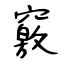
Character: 竅